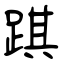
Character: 踑